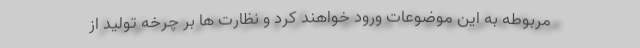
مربوطه به این موضوعات ورود خواهند کرد و نظارت ها بر چرخه تولید از